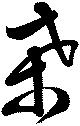
桑